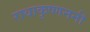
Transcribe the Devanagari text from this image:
राधाकृष्णननी